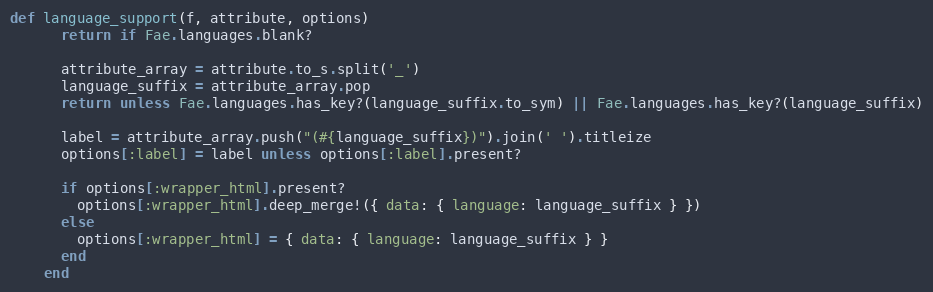
Language: Ruby
def language_support(f, attribute, options)
      return if Fae.languages.blank?

      attribute_array = attribute.to_s.split('_')
      language_suffix = attribute_array.pop
      return unless Fae.languages.has_key?(language_suffix.to_sym) || Fae.languages.has_key?(language_suffix)

      label = attribute_array.push("(#{language_suffix})").join(' ').titleize
      options[:label] = label unless options[:label].present?

      if options[:wrapper_html].present?
        options[:wrapper_html].deep_merge!({ data: { language: language_suffix } })
      else
        options[:wrapper_html] = { data: { language: language_suffix } }
      end
    end